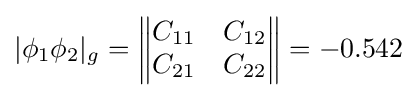
|\phi _{1}\phi _{2}|_{g}={\begin{Vmatrix}C_{11}&C_{12}\\C_{21}&C_{22}\\\end{Vmatrix}}=-0.542